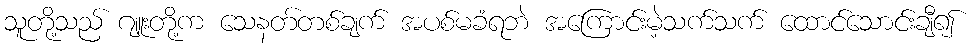
သူတို့သည် ဂျူးတို့က သေနတ်တစ်ချက် အပစ်မခံရဘဲ အကြောင်းမဲ့သက်သက် ထောင်သောင်းချီ၍